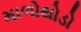
માળોથોડો